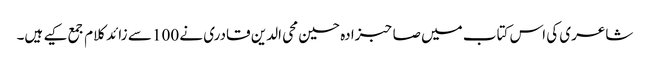
شاعری کی اس کتاب میں صاحبزادہ حسین محی الدین قادری نے 100 سے زائد کلام جمع کیے ہیں۔